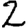
Digit: 2